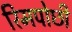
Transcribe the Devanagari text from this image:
रिमपोछी